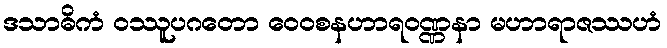
ဒသာဓိကံ ဝဿူပဂတော ဝေဝစနဟာရဝဏ္ဏနာ မဟာရာဇဿဟံ